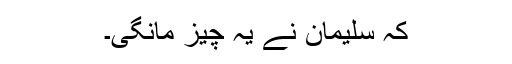
کہ سلیمان نے یہ چیز مانگی۔